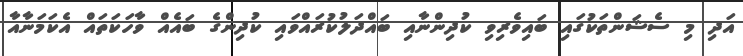
އަދި މި ސެޝަންތަކުގައި ބައިވެރިވި ކުދިންނާއި ބައްދަލުކުރައްވައި ކުދިންގެ ބައެއް ވާހަކަތައް އެކަމަނާއާ